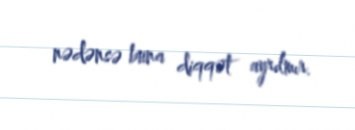
nədənsə buna diqqət ayrılmır.